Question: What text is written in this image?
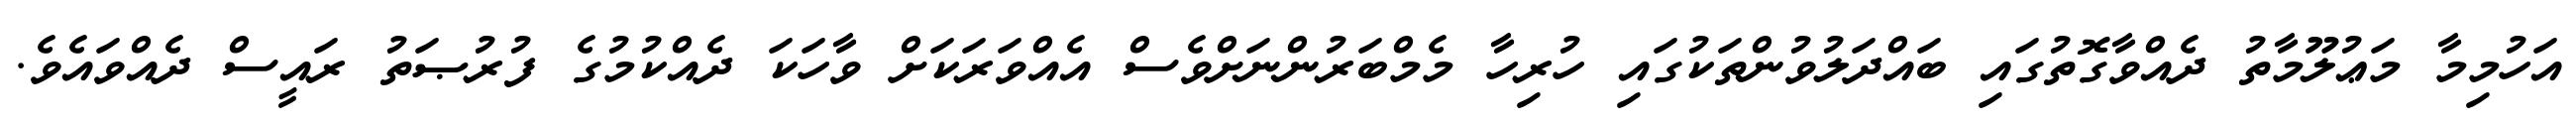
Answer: އަހުމިމާ މަޢުލޫމާތު ދެއްވާގޮތުގައި ބައްދަލުވުންތަކުގައި ހުރިހާ މެމްބަރުންނަށްވެސް އެއްވަރަކަށް ވާހަކަ ދެއްކުމުގެ ފުރުޞަތު ރައީސް ދެއްވައެވެ.